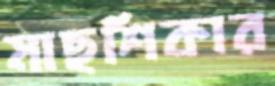
মাছশিকার